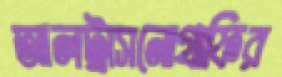
আলট্রাসনোগ্রাফির